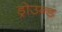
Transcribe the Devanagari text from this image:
ड्रोउन्ड